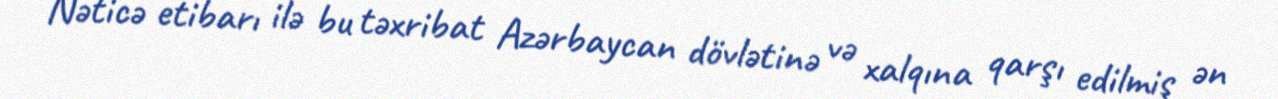
Nəticə etibarı ilə bu təxribat Azərbaycan dövlətinə və xalqına qarşı edilmiş ən